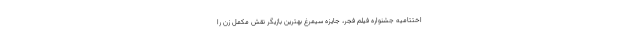
اختتامیه جشنواره فیلم فجر، جایزه سیمرغ بهترین بازیگر نقش مکمل زن را